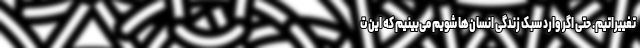
تغییراتیم. حتی اگر وارد سبک زندگی انسان‌ها شویم می‌بینیم که این ت